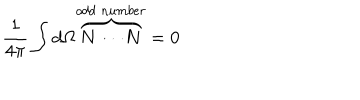
\frac { 1 } { 4 \pi } \int d \Omega \overbrace { N \cdots N } ^ { o d d \; n u m b e r } = 0